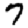
Digit: 7